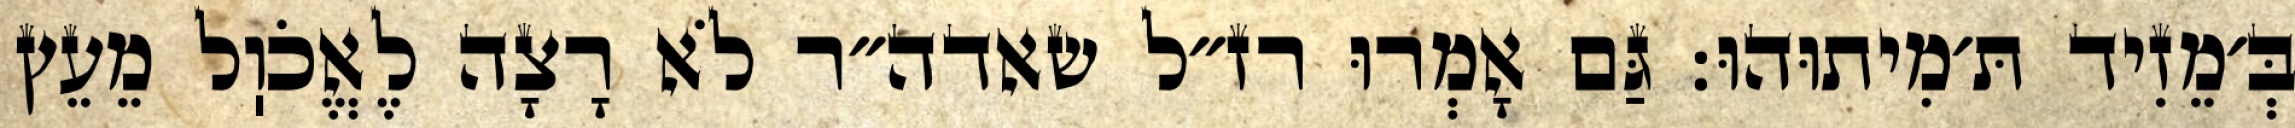
בְּ׳מֵזִיד תּ׳מִיתוּהוּ: גַּם אָמְרוּ רז״ל שאדה״ר לֹא רָצָה לֶאֱכֹוֽל מֵעֵץ